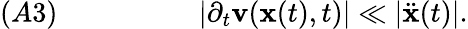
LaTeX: (A3)\; \; \; \; \; \; \; \; \; \; \; \; \; \; \; \; \; \; |\partial_{t}{\mathbf v}({\mathbf x}(t),t)|\ll|\ddot{{\mathbf x}}(t)|.